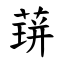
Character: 䔊